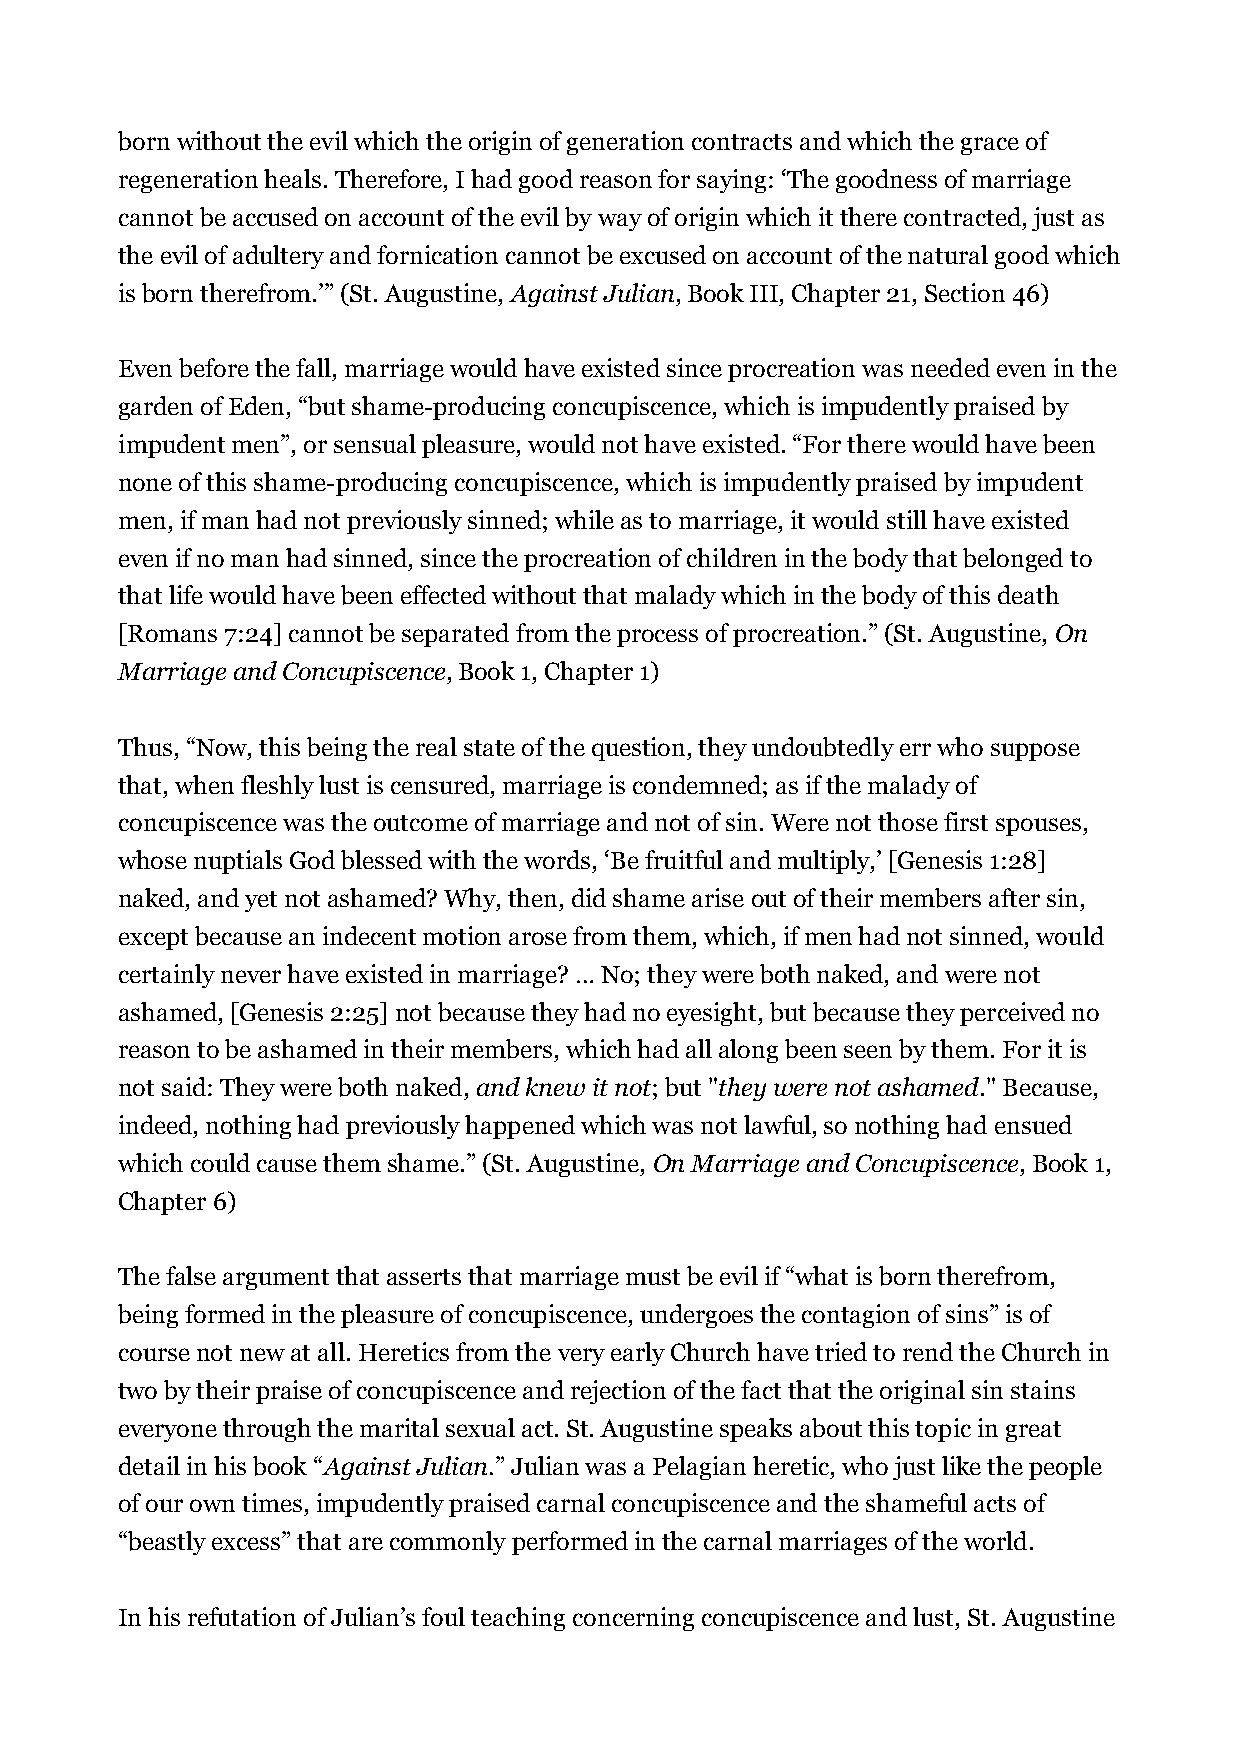
born without the evil which the origin of generation contracts and which the grace of
 regeneration heals. Therefore, I had good reason for saying: ‘The goodness of marriage
 cannot be accused on account of the evil by way of origin which it there contracted, just as
 the evil of adultery and fornication cannot be excused on account of the natural good which
 is born therefrom.’” (St. Augustine, Against Julian, Book III, Chapter 21, Section 46)
 Even before the fall, marriage would have existed since procreation was needed even in the
 garden of Eden, “but shame-producing concupiscence, which is impudently praised by
 impudent men”, or sensual pleasure, would not have existed. “For there would have been
 none of this shame-producing concupiscence, which is impudently praised by impudent
 men, if man had not previously sinned; while as to marriage, it would still have existed
 even if no man had sinned, since the procreation of children in the body that belonged to
 that life would have been effected without that malady which in the body of this death
 [Romans 7:24] cannot be separated from the process of procreation.” (St. Augustine, On
 Marriage and Concupiscence, Book 1, Chapter 1)
 Thus, “Now, this being the real state of the question, they undoubtedly err who suppose
 that, when fleshly lust is censured, marriage is condemned; as if the malady of
 concupiscence was the outcome of marriage and not of sin. Were not those first spouses,
 whose nuptials God blessed with the words, ‘Be fruitful and multiply,’ [Genesis 1:28]
 naked, and yet not ashamed? Why, then, did shame arise out of their members after sin,
 except because an indecent motion arose from them, which, if men had not sinned, would
 certainly never have existed in marriage? … No; they were both naked, and were not
 ashamed, [Genesis 2:25] not because they had no eyesight, but because they perceived no
 reason to be ashamed in their members, which had all along been seen by them. For it is
 not said: They were both naked, and knew it not; but "they were not ashamed." Because,
 indeed, nothing had previously happened which was not lawful, so nothing had ensued
 which could cause them shame.” (St. Augustine, On Marriage and Concupiscence, Book 1,
 Chapter 6)
 The false argument that asserts that marriage must be evil if “what is born therefrom,
 being formed in the pleasure of concupiscence, undergoes the contagion of sins” is of
 course not new at all. Heretics from the very early Church have tried to rend the Church in
 two by their praise of concupiscence and rejection of the fact that the original sin stains
 everyone through the marital sexual act. St. Augustine speaks about this topic in great
 detail in his book “Against Julian.” Julian was a Pelagian heretic, who just like the people
 of our own times, impudently praised carnal concupiscence and the shameful acts of
 “beastly excess” that are commonly performed in the carnal marriages of the world.
 In his refutation of Julian’s foul teaching concerning concupiscence and lust, St. Augustine